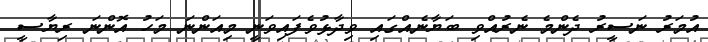
އުމަރު ނަސީރު ދެންމެ ނެރުއްވި ބަޔާނެއްގައި ވިދާޅުވެފައިވަނީ މިއަންނަ މަހު އޮންނަ ރިޔާސީ